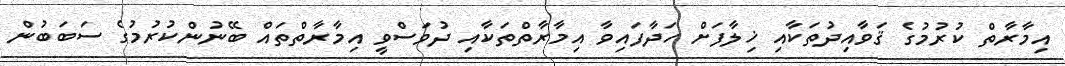
އިމާރާތް ކުރުމުގެ ޤަވާއިދުތަކާއި ޚިލާފަށް ހަދާފައިވާ އިމާރާތްތަކާއި ދުވަސްވީ އިމާރާތްތައް ބޭނުންކުރުމުގެ ސަބަބުން